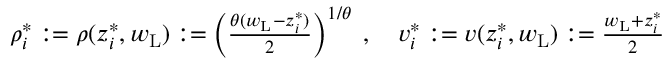
\begin{array} { r } { \rho _ { i } ^ { * } : = \rho ( z _ { i } ^ { * } , w _ { \mathrm { L } } ) : = \left( \frac { \theta ( w _ { \mathrm { L } } - z _ { i } ^ { * } ) } 2 \right) ^ { 1 / \theta } \; , \quad { v } _ { i } ^ { * } : = { v } ( z _ { i } ^ { * } , w _ { \mathrm { L } } ) : = \frac { w _ { \mathrm { L } } + z _ { i } ^ { * } } 2 } \end{array}